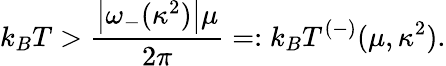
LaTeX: k_{B}T>\frac{\left|\omega_{-}(\kappa^{2})\right|\mu}{2\pi}=:k_{B}T^{(-)}(\mu,\kappa^{2}).